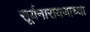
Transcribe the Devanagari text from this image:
सूर्यनारायणाच्या